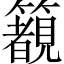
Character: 𱸰